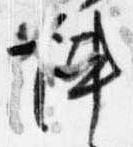
陣